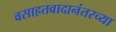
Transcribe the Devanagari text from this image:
वसाहतवादानंतरच्या